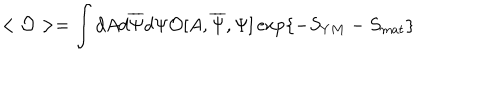
< { \cal O } > = \int d A d \overline { { { \Psi } } } d \Psi { \cal O } [ A , \overline { { { \Psi } } } , \Psi ] \exp \{ - S _ { Y M } - S _ { m a t } \} \label T